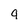
Character: 9